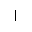
\vert